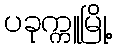
ပခုက္ကူမြို့